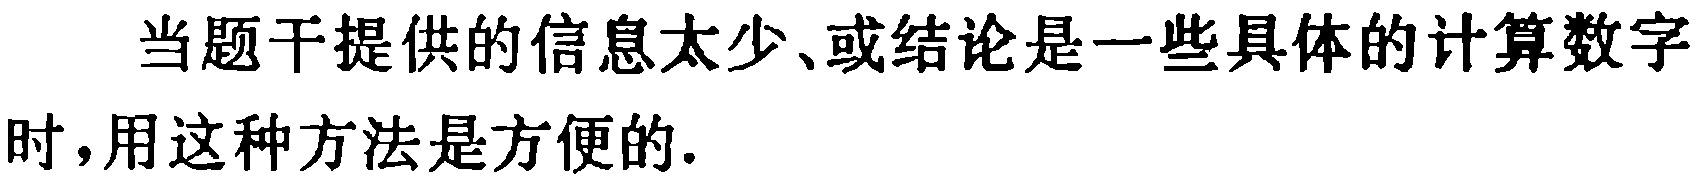
当题干提供的信息太少、或结论是一些具体的计算数字时，用这种方法是方便的.